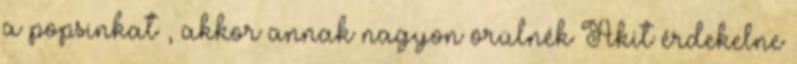
a popsinkat , akkor annak nagyon örülnék Akit érdekelne